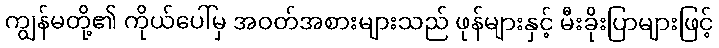
ကျွန်မတို့၏ ကိုယ်ပေါ်မှ အဝတ်အစားများသည် ဖုန်များနှင့် မီးခိုးပြာများဖြင့်